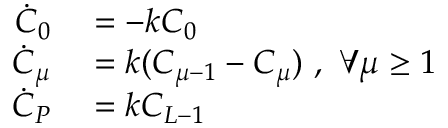
\begin{array} { r l } { \dot { C } _ { 0 } } & { { } = - k C _ { 0 } } \\ { \dot { C } _ { \mu } } & { { } = k ( C _ { \mu - 1 } - C _ { \mu } ) \ , \ \forall \mu \geq 1 } \\ { \dot { C } _ { P } } & { { } = k C _ { L - 1 } } \end{array}